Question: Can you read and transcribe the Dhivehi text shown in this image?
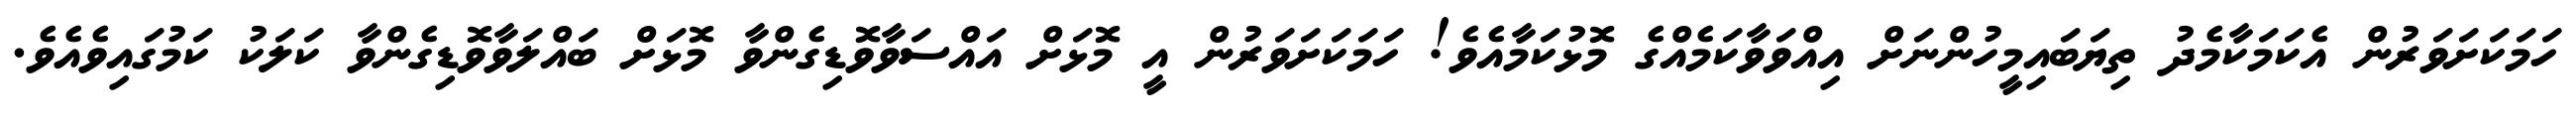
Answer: ހަމަކަށަވަރުން އެކަމަކާމެދު ތިޔަބައިމީހުންނަށް އިއްވަވާކަމެއްގެ މޮޅުކަމާއެވެ! ހަމަކަށަވަރުން އީ މޮޅަށް އައްސަވާވޮޑިގެންވާ މޮޅަށް ބައްލަވާވޮޑިގެންވާ ކަލަކު ކަމުގައިވެއެވެ.